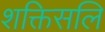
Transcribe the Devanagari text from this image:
शक्तिसलि